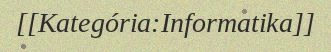
[[Kategória:Informatika]]